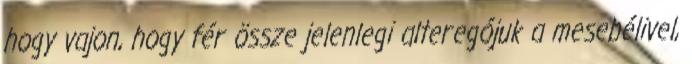
hogy vajon, hogy fér össze jelenlegi alteregójuk a mesebélivel,